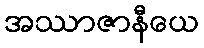
အဿာဇာနီယေ